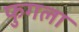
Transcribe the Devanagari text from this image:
फुगला